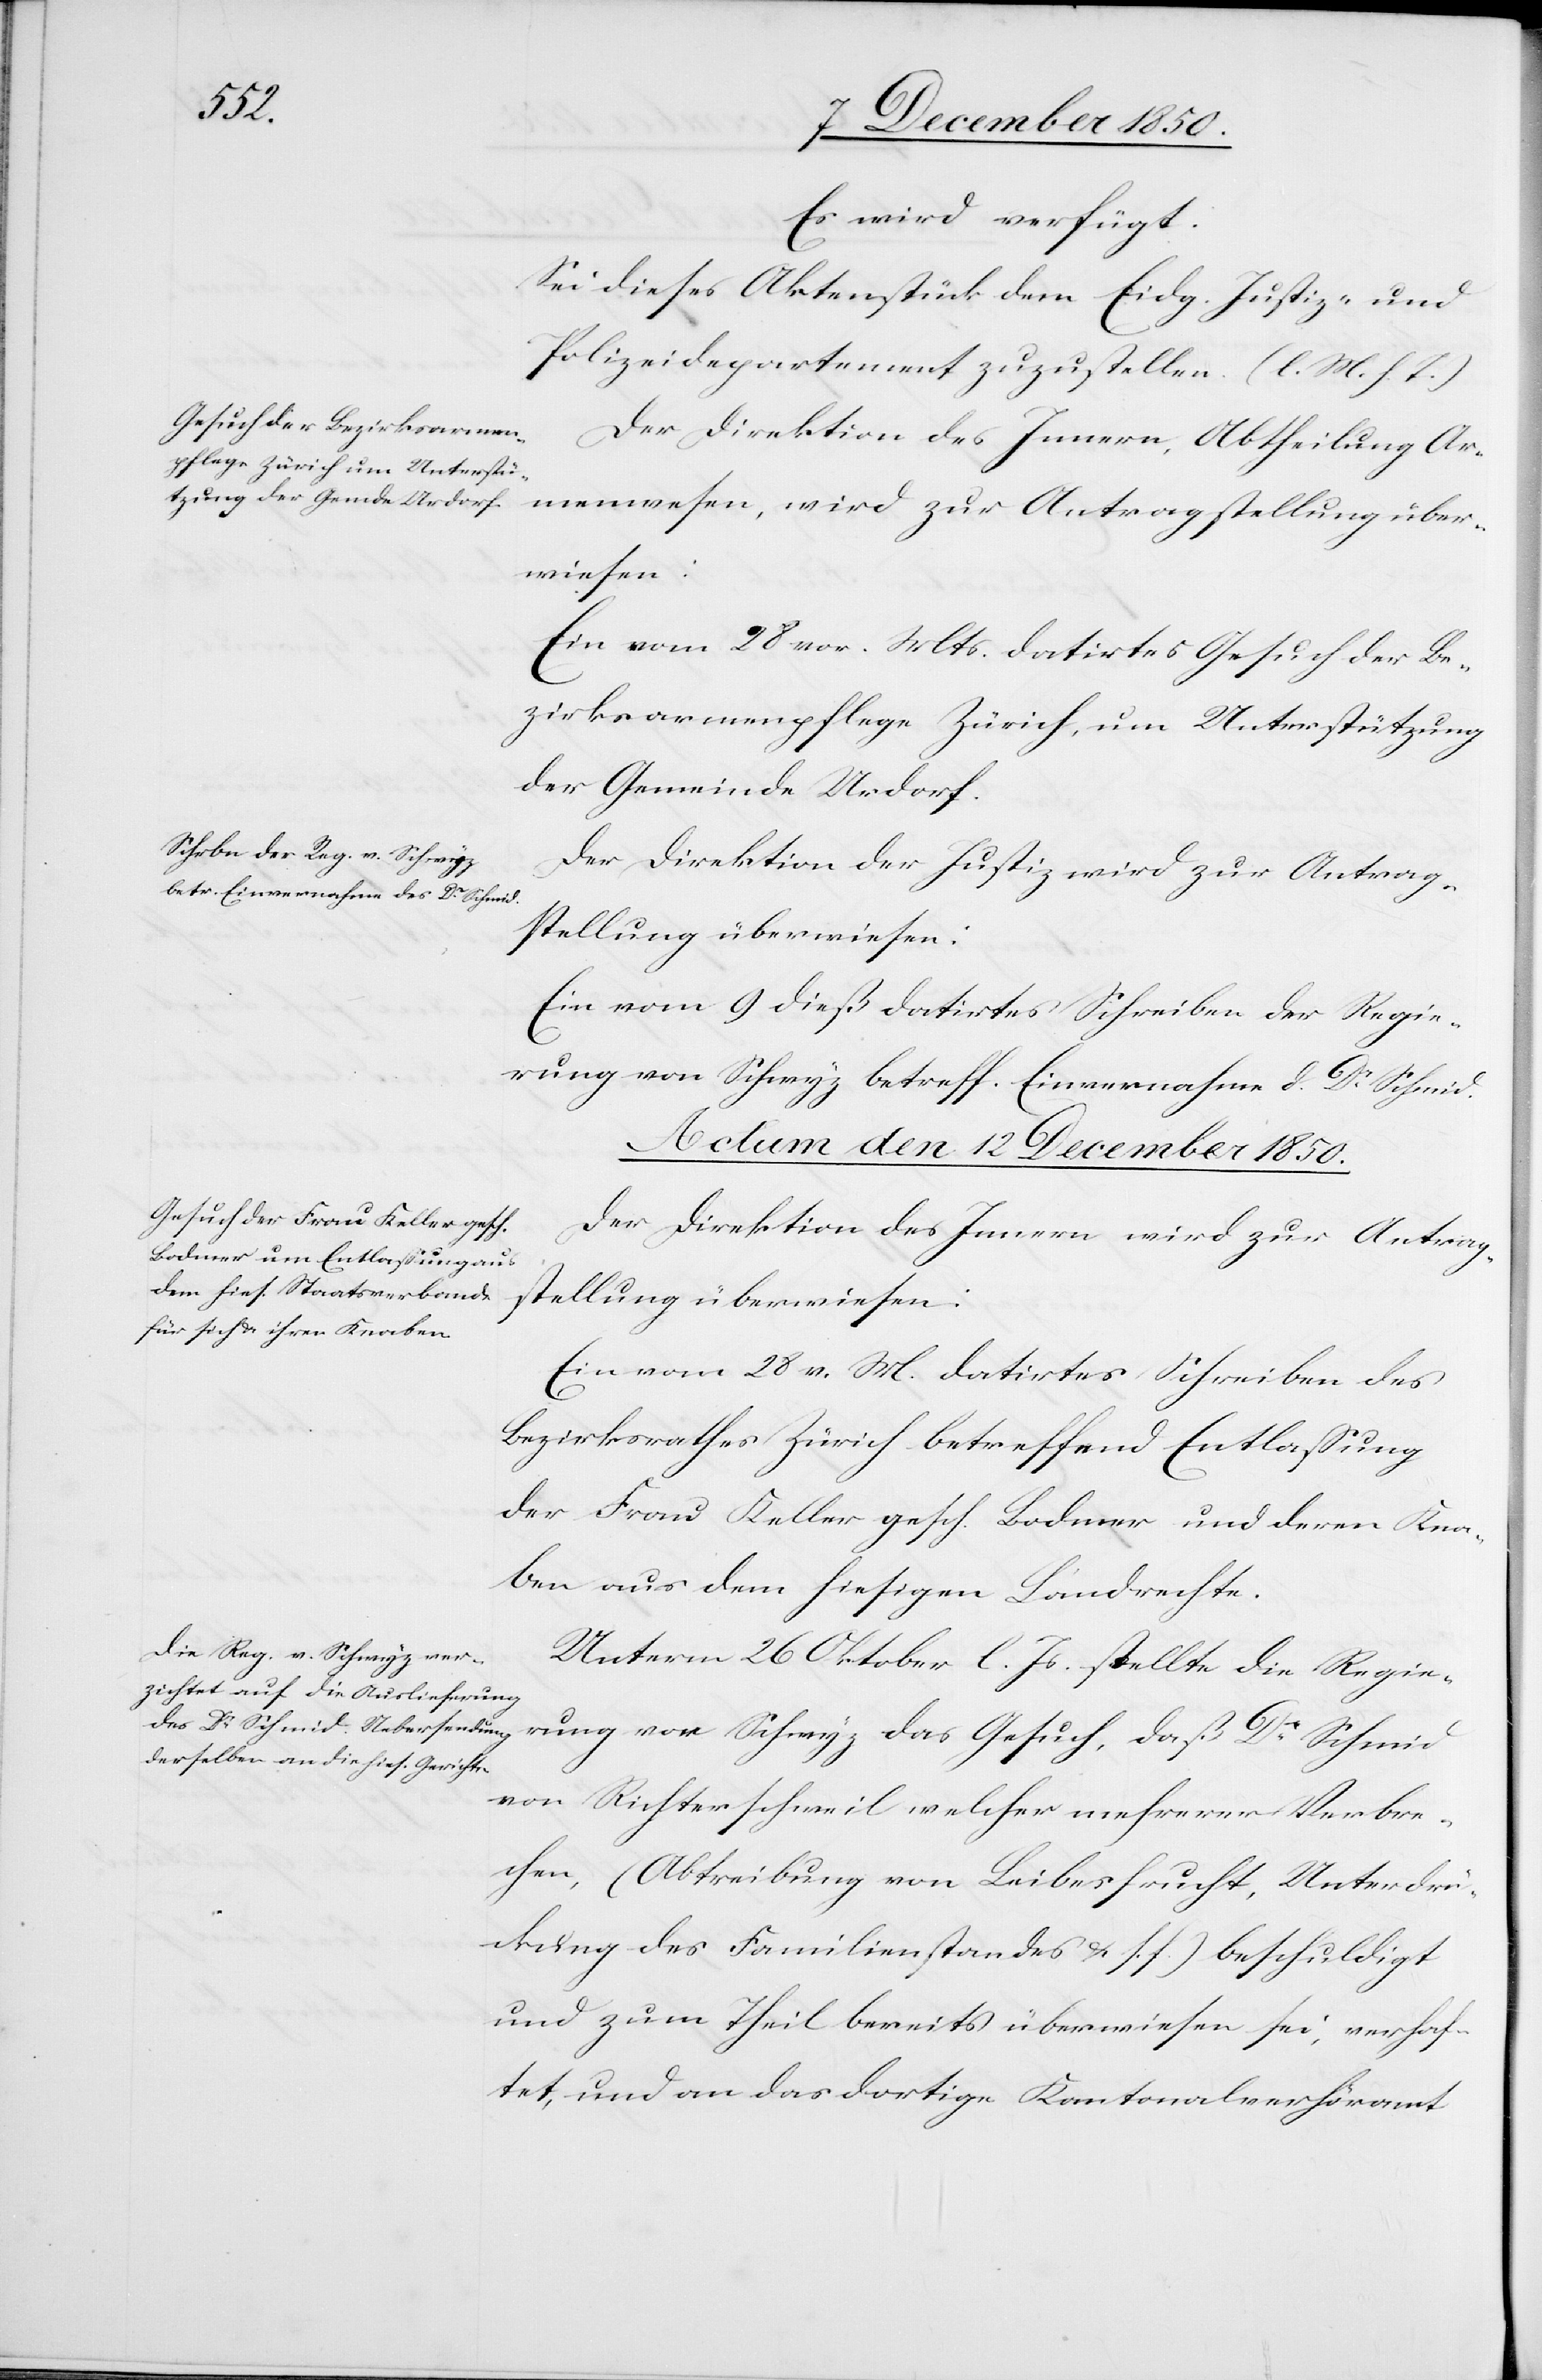
daß Dr
Es wird verfügt.
Sei dieses Aktenstück dem Eidg. Justiz- und
Polizeidepartement zuzustellen. (l. M. h. T.)
Der Direktion des Innern, Abtheilung Ar¬
menwesen, wird zur Antragstellung über¬
wiesen:
Ein vom 28 vor. Mts. datirtes Gesuch der Be¬
zirksarmenpflege Zürich, um Unterstützung
der Gemeinde Urdorf.
Der Direktion der Justiz wird zur Antrag¬
stellung überwiesen:
Ein vom 9 dieß datirtes Schreiben der Regie¬
rung von Schwyz betreff. Einvernahme d. Dr Schmid.
Actum den 12 December 1850.]
Der Direktion des Innern wird zur Antrag¬
stellung überwiesen:
Ein vom 28 v. M. datirtes Schreiben des
Bezirksrathes Zürich betreffend Entlassung
der Frau Keller gesch. Bodmer und deren Kna¬
ben aus dem hiesigen Landrechte.
Unterm 26 Oktober l. Js. stellte die Regie¬
von Richterschweil welcher mehrerer Verbre¬
chen, (Abtreibung von Leibesfrucht, Unterdrü¬
ckung des Familienstandes u. s. f.) beschuldigt
und zum Theil bereits überwiesen sei, verhaf¬
tet, und an das dortige Kantonalverhöramt